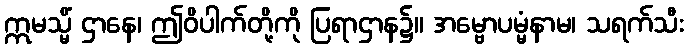
ဣမသ္မိံ ဌာနေ၊ ဤဝိပါက်တို့ကို ပြရာဌာန၌။ အမ္ဗောပမ္မံနာမ၊ သရက်သီး